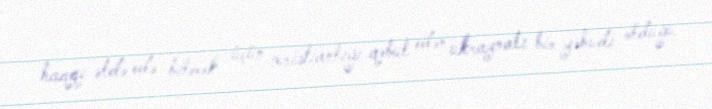
haqqı əldə edə bilmək üçün xristianlığı qəbul edən ukraynalı bir yəhudi olduğu